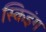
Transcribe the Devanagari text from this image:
स्किइंग